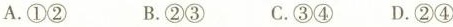
A.①② B.②③ C.③④ D.②④